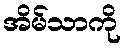
အိမ်သာကို